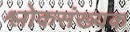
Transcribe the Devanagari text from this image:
श्लोकसंख्यक